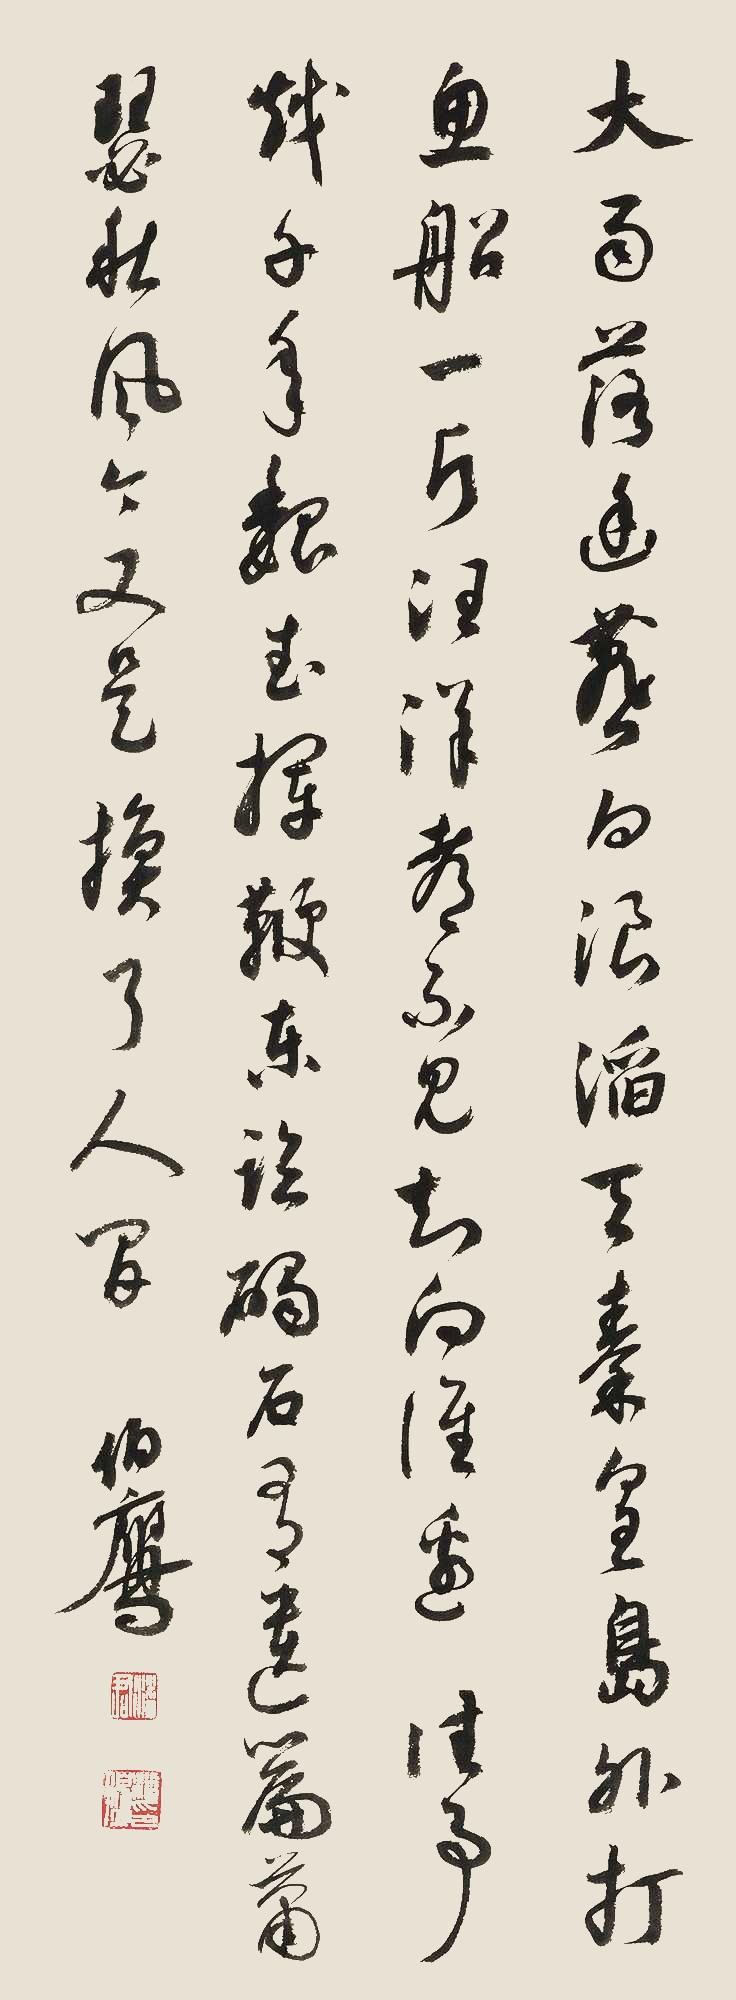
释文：大雨落幽燕，白浪滔天。秦皇岛外打鱼船，一片汪洋都不见，知向谁边。往事越千年，魏武挥鞭。东临碣石有遗篇，萧瑟秋风今又是，换了人间。伯鹰。